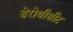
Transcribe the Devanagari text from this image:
डेरोथीसीट